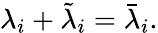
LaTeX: \lambda_{i}+\tilde{\lambda}_{i}=\bar{\lambda}_{i}.